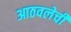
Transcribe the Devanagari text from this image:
आठवलेची